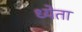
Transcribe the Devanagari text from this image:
ध्येता